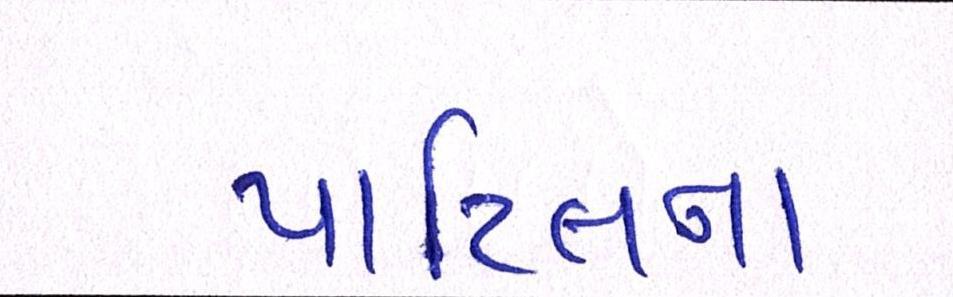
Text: પાટિલના